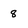
Character: 8